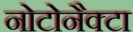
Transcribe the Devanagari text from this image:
नोटोनैक्टा